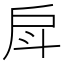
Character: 戽